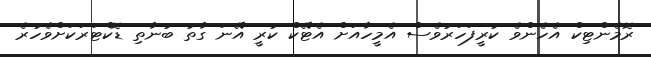
ރޮމެންޓިކް އެހެންވެ ކުރީފަހަރުވެސް އެމީހާއަށް އެޓޭކް ކުރީ އޭނަ ގާތު ބުނާތި ޑޮކްޓަރަކަށްވެހުރެ